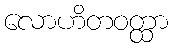
လောဟိတဝတ္ထာ